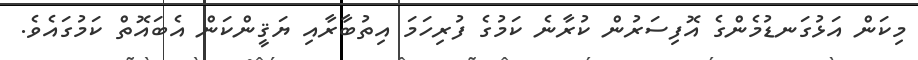
މިކަން އަޅުގަނޑުމެންގެ އޮފިސަރުން ކުރާނެ ކަމުގެ ފުރިހަމަ އިތުބާރާއި ޔަޤީންކަން އެބައޮތް ކަމުގައެވެ.